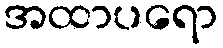
အထာပရော